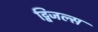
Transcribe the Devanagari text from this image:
ट्विजल्स